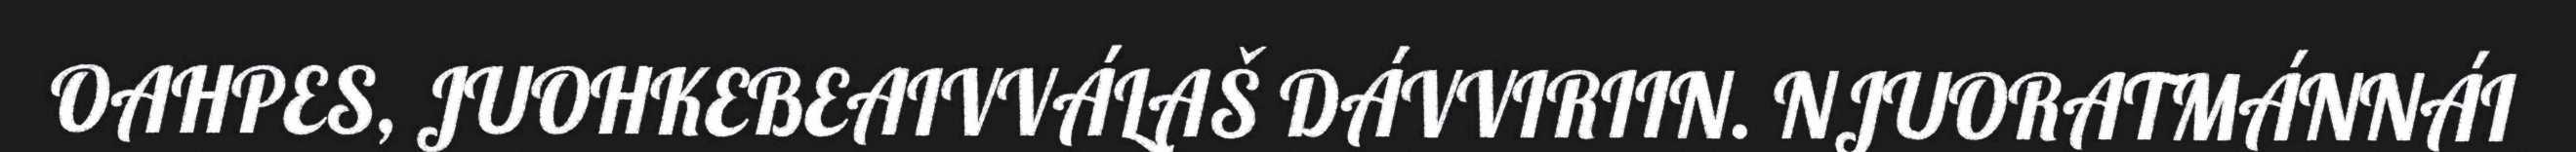
OAHPES, JUOHKEBEAIVVÁLAŠ DÁVVIRIIN. NJUORATMÁNNÁI